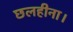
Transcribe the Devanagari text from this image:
छलहीना।